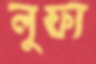
লুফা